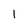
Character: 1